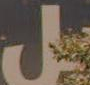
مل